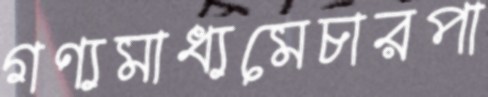
গণ্যমাধ্যমেচারপা